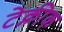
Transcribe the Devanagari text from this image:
टेक्नीक